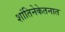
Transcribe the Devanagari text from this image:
शांतिनेकेतनात